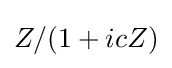
Z/(1+icZ)